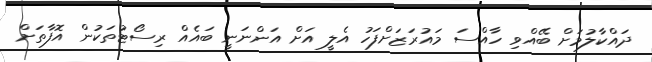
ދައްކާލުމަށް ބޭއްވި ހާއްސަ މައުރަޒަށްފަހު އެލީ އަށް އަންނަނީ ބައެއް ރިސޯޓުތަކުން އޮފާތަށް